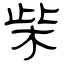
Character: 柴